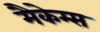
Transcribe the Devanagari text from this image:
मैकेम्स